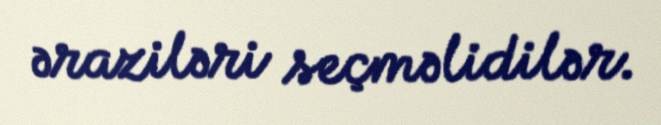
əraziləri seçməlidilər.